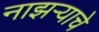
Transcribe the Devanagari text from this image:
नाझऱ्याचे